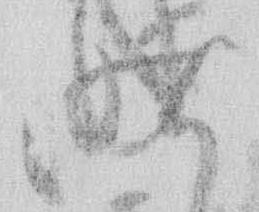
昨